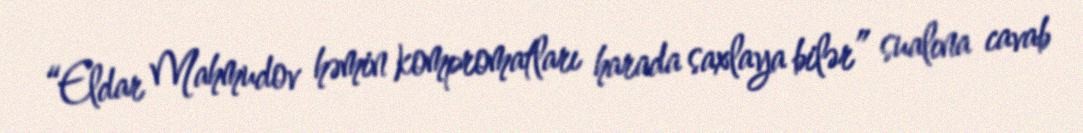
“Eldar Mahmudov həmin kompromatları harada saxlaya bilər” sualına cavab